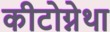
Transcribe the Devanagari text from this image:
कीटोग्नेथा